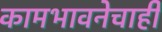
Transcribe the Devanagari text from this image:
कामभावनेचाही